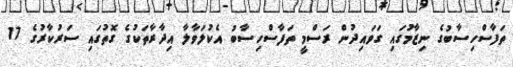
ތަފާސްހިސާބުގެ ނިޒާމުގައި ގަވައިދުން ރަސްމީ ތަފާސްހިސާބު އެކުލަވާލާ އިދާރާތަކުގެ ގޮތުގައި ސަރުކާރުގެ 17